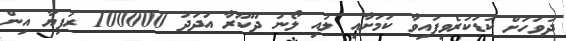
ދުވަހަށް ކުޑަކުރެވިފައިވާ ކަމަށާއި ލުއި ލޯނު ދޫކޫރާ އަދަދު 100000 ރުފިޔާ އިން